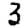
Digit: 3